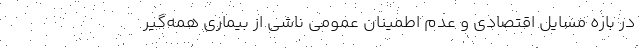
در باره مسایل اقتصادی و عدم اطمینان عمومی ناشی از بیماری همه‌گیر